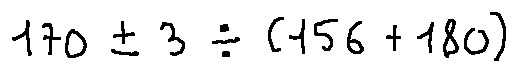
1 7 0 \pm 3 \div ( 1 5 6 + 1 8 0 )